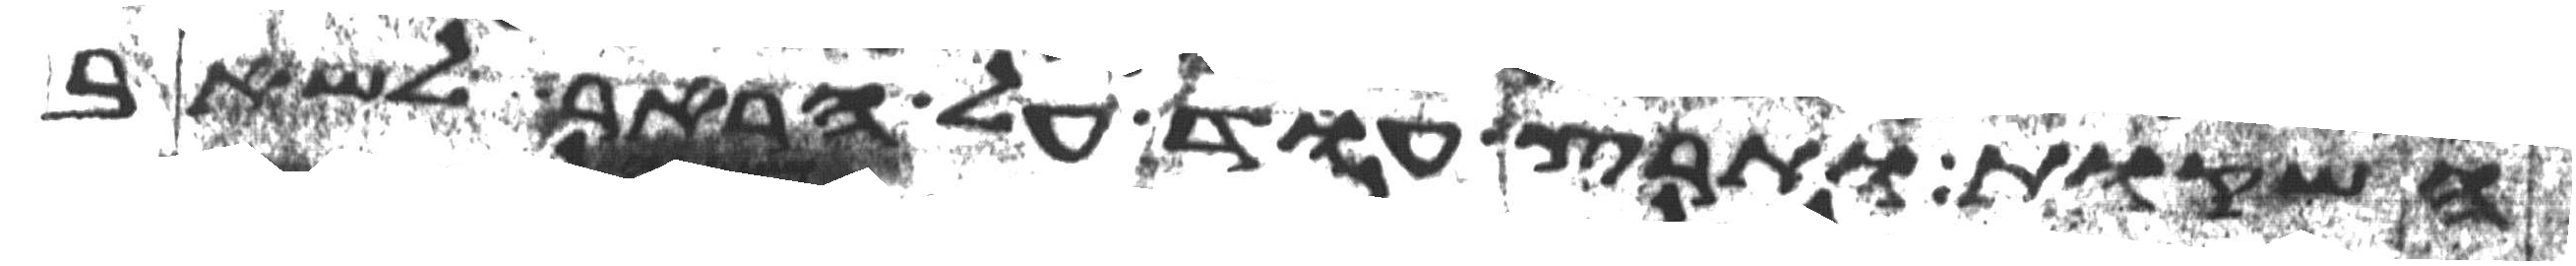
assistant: השקות ותרץ עוד אל הבאר לשאב